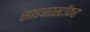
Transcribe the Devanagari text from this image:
साइबरस्टॉकर